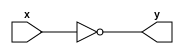
`timescale 1ns / 1ps
module _Not(
	input x,
	output y );
	nand X1(y,x,x);
endmodule